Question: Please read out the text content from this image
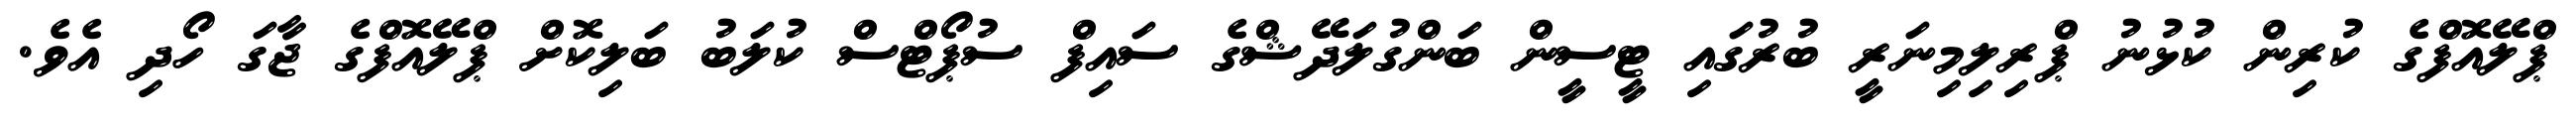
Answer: ޕްލޭއޮފްގެ ކުރިން ކުޅުނު ޕްރިލިމިނަރީ ބުރުގައި ޓީސީން ބަންގުލަދޭޝްގެ ސައިފް ސުޕޯޓްސް ކުލަބު ބަލިކޮށް ޕްލޭއޮފްގެ ޖާގަ ހޯދި އެވެ.